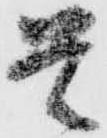
是